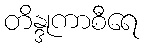
တိန္ဒုကာစီရေ